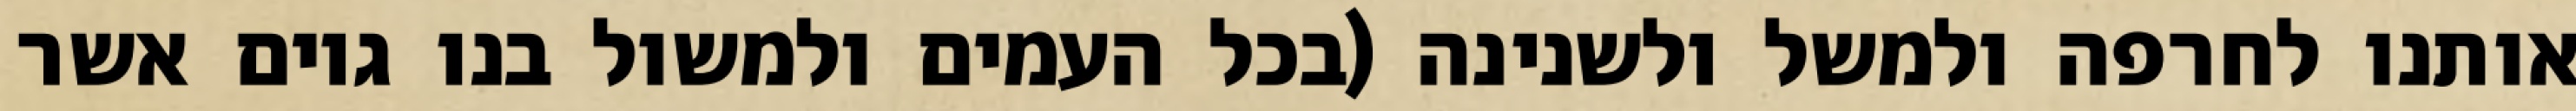
אותנו לחרפה ולמשל ולשנינה (בכל העמים ולמשול בנו גוים אשר